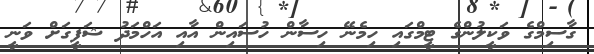
ގާސިމްގެ ވަކީލުންގެ ޓީމްގައި ހިމެނޭ ހިސާން ހުސައިން އާއި އަހްމަދު ޝަފީގަށް ވަނީ